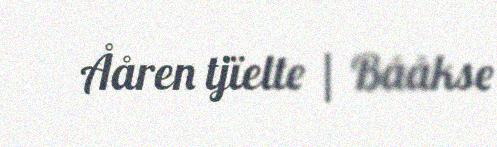
Ååren tjïelte | Bååkse